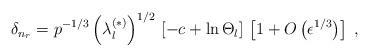
LaTeX: \begin{align*}\delta_{n_{r}}=p^{-1/3}\left(\lambda_{l}^{(\ast)} \right)^{1/2}\,\left[-c + \ln \Theta_{l} \right]\,\left[1 + O \left( \epsilon^{1/3} \right) \right]\; ,\end{align*}